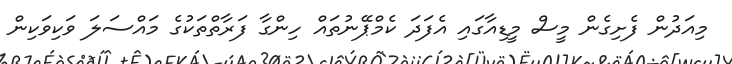
މިއަދުން ފެށިގެން މީސް މީޑިއާގައި އެފަދަ ކެމްޕޭނުތައް ހިންގާ ފަރާތްތަކުގެ މައްސަލަ ވަކިވަކިން